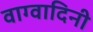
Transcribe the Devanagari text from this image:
वाग्वादिनी